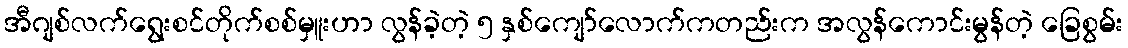
အီဂျစ်လက်ရွေးစင်တိုက်စစ်မှူးဟာ လွန်ခဲ့တဲ့ ၅ နှစ်ကျော်လောက်ကတည်းက အလွန်ကောင်းမွန်တဲ့ ခြေစွမ်း